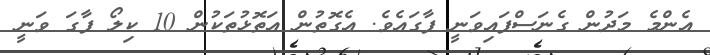
އެންމެ މަދުން ގެނަސްފައިވަނީ ފާގައެވެ. އެގޮތުން އަތޮޅުތަކުން 10 ކިލޯ ފާގަ ވަނީ